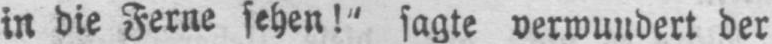
in die Ferne sehen!“ sagte verwundert der